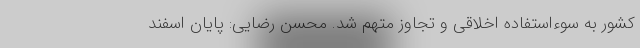
کشور به سوءاستفاده اخلاقی و تجاوز متهم شد. محسن رضایی: پایان اسفند